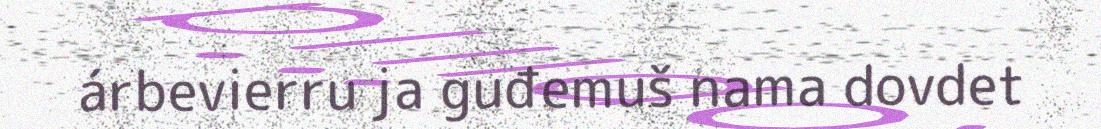
árbevierru ja guđemuš nama dovdet